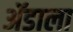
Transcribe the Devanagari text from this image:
ॲडाला